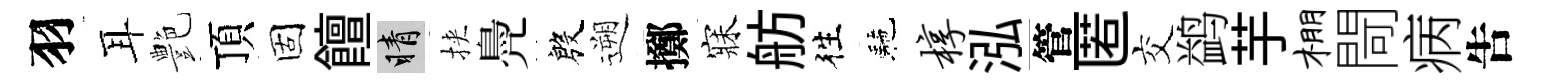
羽耳艶頂固饘睛挾鳧殷遡擲寐舫徃駰椁泓管匿交鹢芋棚閜病吿